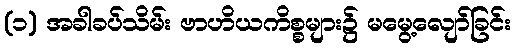
(၁) အခါခပ်သိမ်း ဗာဟိယကိစ္စများ၌ မမွေ့လျော်ခြင်း